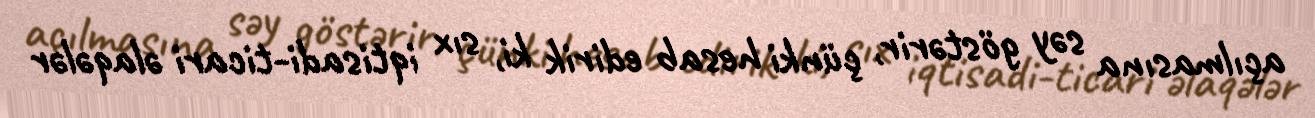
açılmasına səy göstərir, çünki hesab edirik ki, sıx iqtisadi-ticari əlaqələr